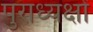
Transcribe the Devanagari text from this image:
पुराध्यक्षों